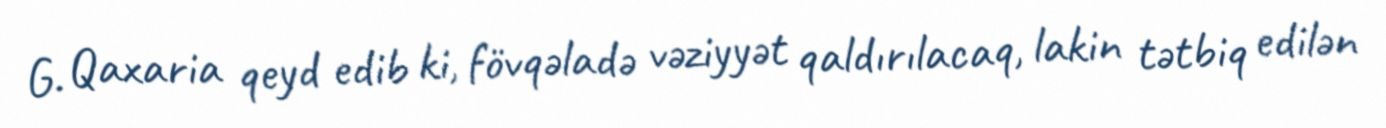
G. Qaxaria qeyd edib ki, fövqəladə vəziyyət qaldırılacaq, lakin tətbiq edilən